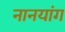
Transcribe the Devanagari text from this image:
नानयांग